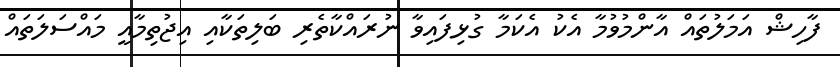
ފާހިޝް އަމަލުތައް އާންމުވުމާ އެކު އެކަމާ ގުޅިފައިވާ ނުރައްކާތެރި ބަލިތަކާއި އިޖުތިމާއީ މައްސަލަތައް